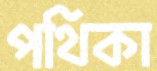
পথিকা